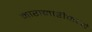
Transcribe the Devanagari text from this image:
मारामारीमध्ये